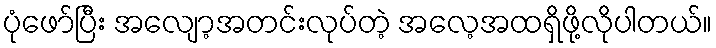
ပုံဖော်ပြီး အလျော့အတင်းလုပ်တဲ့ အလေ့အထရှိဖို့လိုပါတယ်။